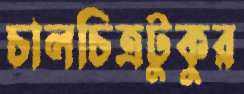
চালচিত্রটুকুর